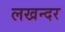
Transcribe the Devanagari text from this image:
लखन्दर